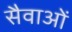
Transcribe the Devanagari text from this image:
सैवाओं